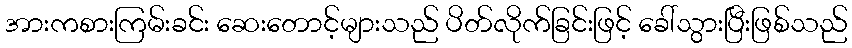
အားကစားကြမ်းခင်း ဆေးတောင့်များသည် ပိတ်လိုက်ခြင်းဖြင့် ခေါ်သွားပြီးဖြစ်သည်